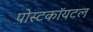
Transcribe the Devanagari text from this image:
पोस्टकॉयटल